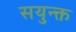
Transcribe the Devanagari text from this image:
सयुन्क्त